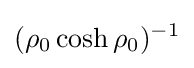
(\rho _{0}\cosh \rho _{0})^{-1}